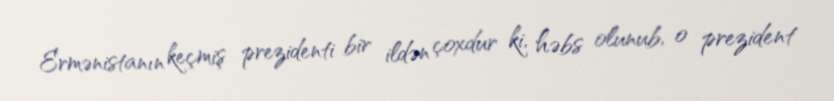
Ermənistanın keçmiş prezidenti bir ildən çoxdur ki, həbs olunub, o prezident